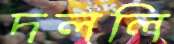
দললি